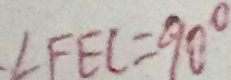
. \angle F E C = 9 0 ^ { \circ }